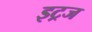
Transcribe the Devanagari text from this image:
इट्रज